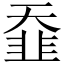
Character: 䪞